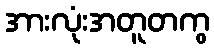
အားလုံးအတူတကွ